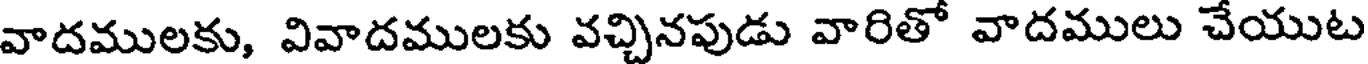
వాదములకు, వివాదములకు వచ్చినపుడు వారితో వాదములు చేయుట